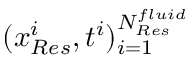
( \boldsymbol { x } _ { R e s } ^ { i } , t ^ { i } ) _ { i = 1 } ^ { N _ { R e s } ^ { f l u i d } }